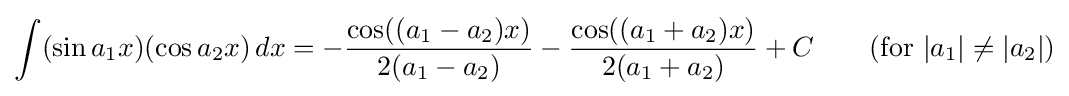
\int (\sin a_{1}x)(\cos a_{2}x)\,dx=-{\frac {\cos((a_{1}-a_{2})x)}{2(a_{1}-a_{2})}}-{\frac {\cos((a_{1}+a_{2})x)}{2(a_{1}+a_{2})}}+C\qquad {\mbox{(for }}|a_{1}|\neq |a_{2}|{\mbox{)}}